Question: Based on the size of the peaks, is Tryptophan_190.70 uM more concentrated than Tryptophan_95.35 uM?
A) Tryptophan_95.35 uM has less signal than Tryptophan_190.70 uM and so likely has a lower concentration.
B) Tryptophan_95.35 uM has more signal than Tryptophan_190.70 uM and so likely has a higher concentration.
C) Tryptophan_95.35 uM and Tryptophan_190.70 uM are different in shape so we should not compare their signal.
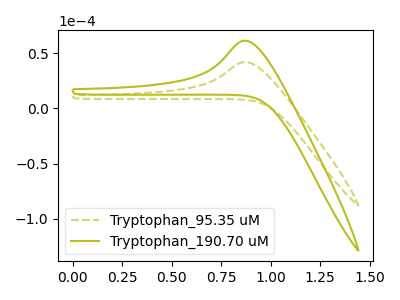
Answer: <think>The olive dashed curve "Tryptophan_95.35 uM" has an anodic peak at: (0.85V, 41.80uA). The olive curve "Tryptophan_190.70 uM" has an anodic peak at: (0.85V, 61.20uA).
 All the peaks in "Tryptophan_95.35 uM" have a peak in "Tryptophan_190.70 uM" at the same potential. Every peak in "Tryptophan_95.35 uM" is lower than every peak in "Tryptophan_190.70 uM".</think>
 <answer>A) "Tryptophan_95.35 uM" has less signal than "Tryptophan_190.70 uM" and so likely has a lower concentration.</answer>
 <eval>A</eval>